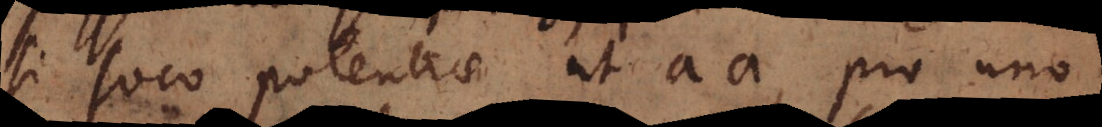
si loco potentiae ut aa, pro uno